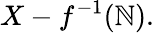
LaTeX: X-f^{-1}(\mathbb{N}).